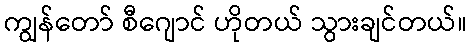
ကျွန်တော် စီဂျောင် ဟိုတယ် သွားချင်တယ်။